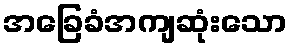
အခြေခံအကျဆုံးသော